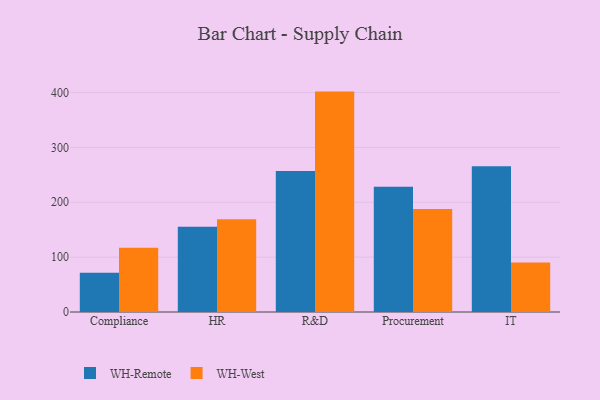
{"axis": {"x": "Department", "y": "Tickets Resolved"}, "legend": ["WH-Remote", "WH-West"], "data": [{"x": "Compliance", "y": 71.6, "type": "WH-Remote"}, {"x": "Compliance", "y": 117.2, "type": "WH-West"}, {"x": "HR", "y": 155.6, "type": "WH-Remote"}, {"x": "HR", "y": 169.0, "type": "WH-West"}, {"x": "R&D", "y": 257.2, "type": "WH-Remote"}, {"x": "R&D", "y": 401.8, "type": "WH-West"}, {"x": "Procurement", "y": 228.5, "type": "WH-Remote"}, {"x": "Procurement", "y": 187.9, "type": "WH-West"}, {"x": "IT", "y": 265.8, "type": "WH-Remote"}, {"x": "IT", "y": 90.2, "type": "WH-West"}]}